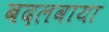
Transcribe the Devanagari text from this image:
बदलवाया